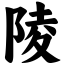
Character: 陵